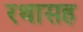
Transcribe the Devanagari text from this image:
रथासह